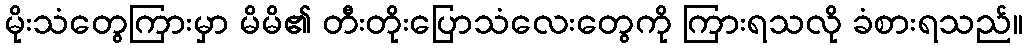
မိုးသံတွေကြားမှာ မိမိ၏ တီးတိုးပြောသံလေးတွေကို ကြားရသလို ခံစားရသည်။